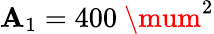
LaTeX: \mathbf{A}_{1}=400~\mum^{2}